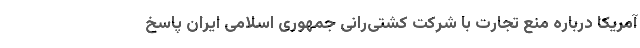
آمریکا درباره منع تجارت با شرکت کشتی‌رانی جمهوری اسلامی ایران پاسخ